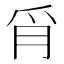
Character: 𦙔